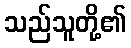
သည်သူတို့၏